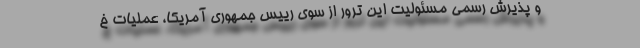
و پذیرش رسمی مسئولیت این ترور از سوی رییس جمهوری آمریکا، عملیات خ